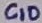
Text: C10